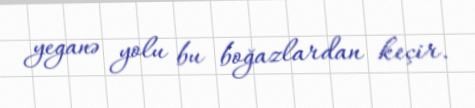
yeganə yolu bu boğazlardan keçir.